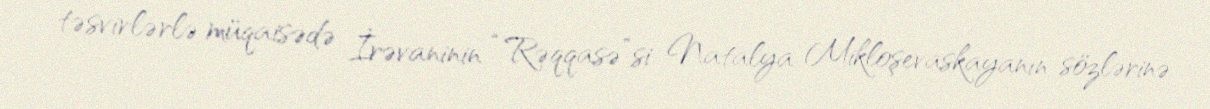
təsvirlərlə müqaisədə İrəvaninin “Rəqqasə”si Natalya Mikloşevaskayanın sözlərinə